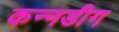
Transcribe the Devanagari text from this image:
कन्नडीग